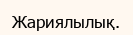
Жариялылық.